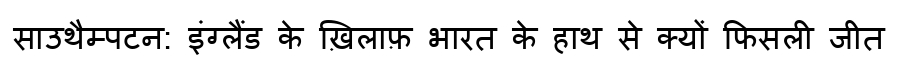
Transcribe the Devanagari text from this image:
साउथैम्पटन: इंग्लैंड के ख़िलाफ़ भारत के हाथ से क्यों फिसली जीत